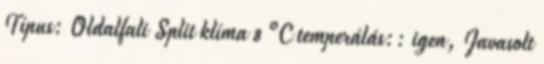
Típus: Oldalfali Split klíma 8 °C temperálás:: igen, Javasolt